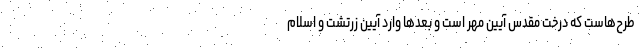
طرح‌هاست که درخت مقدس آیین مهر است و بعدها وارد آیین زرتشت و اسلام